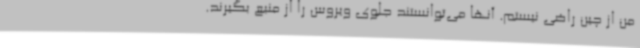
من از چین راضی نیستم. آنها می‌توانستند جلوی ویروس را از منبع بگیرند.